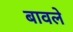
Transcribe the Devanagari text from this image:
बावले